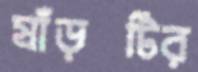
ষাঁড়টির